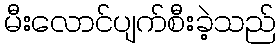
မီးလောင်ပျက်စီးခဲ့သည်